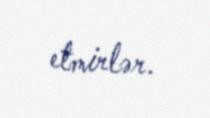
etmirlər.